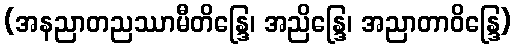
(အနညာတညဿာမီတိန္ဒြေ၊ အညိန္ဒြေ၊ အညာတာဝိန္ဒြေ)